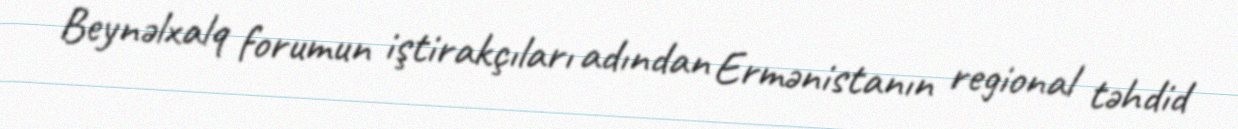
Beynəlxalq forumun iştirakçıları adından Ermənistanın regional təhdid